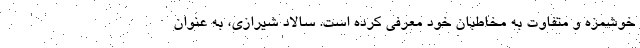
خوشمزه و متفاوت به مخاطبان خود معرفی کرده است. سالاد شیرازی، به عنوان